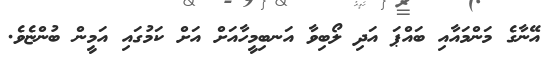
އޭނާގެ މަންމައާއި ބައްޕަ އަދި ލޯބިވާ އަނބިމީހާއަށް އަށް ކަމުގައި އަމީން ބުންޏެވެ.